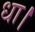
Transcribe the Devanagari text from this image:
धा।